Scottish Leaving Certificate Examination, 1958
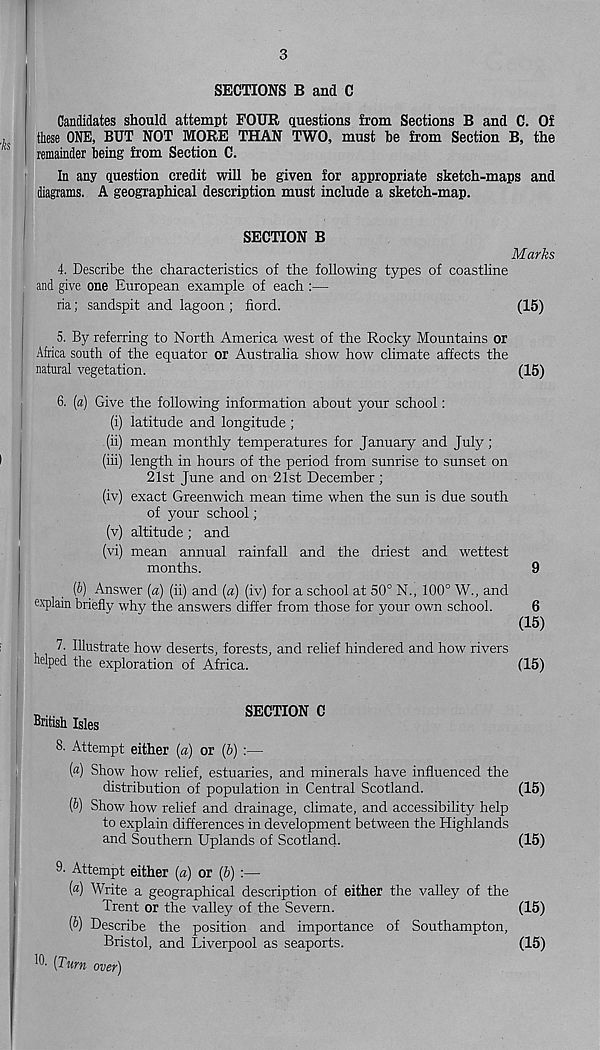
3
SECTIONS B and C
Candidates should attempt POUR questions from Sections B and C. Of
these ONE, BUT NOT MORE THAN TWO, must be from Section B, the
remainder being from Section C.
In any question credit will be given for appropriate sketch-maps and
diagrams. A geographical description must include a sketch-map.
SECTION B
Marks
4. Describe the characteristics of the following types of coastline
and give one European example of each :—
ria; sandspit and lagoon ; fiord.
(15)
5. By referring to North America west of the Rocky Mountains or
Africa south of the equator or Australia show how climate affects the
natural vegetation.
(15)
6. [a) Give the following information about your school:
(i) latitude and longitude ;
(ii) mean monthly temperatures for January and July;
(iii) length in hours of the period from sunrise to sunset on
21st June and on 21st December ;
(iv) exact Greenwich mean time when the sun is due south
of your school;
(v) altitude ; and
(vi) mean annual rainfall and the driest and wettest
months.
9
(d) Answer (a) (ii) and (a) (iv) for a school at 50° N., 100° W., and
explain briefly why the answers differ from those for your own school.
6
(15)
7. Illustrate how deserts, forests, and relief hindered and how rivers
helped the exploration of Africa.
(15)
British Isles
SECTION C
8- Attempt either (a) or (b) :—
(«) Show how relief, estuaries, and minerals have influenced the
distribution of population in Central Scotland.
(15)
(b) Show how relief and drainage, climate, and accessibility help
to explain differences in development between the Highlands
and Southern Uplands of Scotland.
(15)
9- Attempt either (a) or (b) :—
(a) Write a geographical description of either the valley of the
Trent or the valley of the Severn.
(15)
(t>) Describe the position and importance of Southampton,
Bristol, and Liverpool as seaports.
(15)
hh (Turn over)